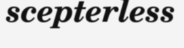
scepterless